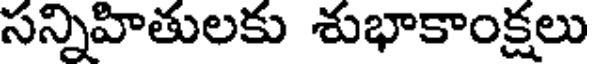
సన్నిహితులకు శుభాకాంక్షలు